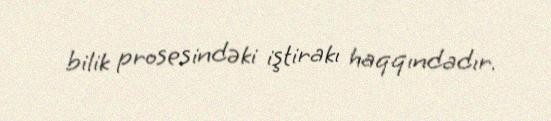
bilik prosesindəki iştirakı haqqındadır.